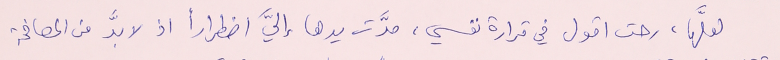
لعلَّها، رحت اقول في قرارة نفسي، مرَّت يدها إليَّ اضطراراً اذ لا بدَّ من المصافحة